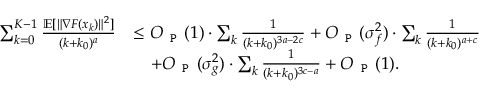
\begin{array} { r l } { \sum _ { k = 0 } ^ { K - 1 } \frac { \mathbb { E } [ \| \nabla F ( x _ { k } ) \| ^ { 2 } ] } { ( k + k _ { 0 } ) ^ { a } } } & { \le O _ { \texttt { P } } ( 1 ) \cdot \sum _ { k } \frac { 1 } { ( k + k _ { 0 } ) ^ { 3 a - 2 c } } + O _ { \texttt { P } } ( \sigma _ { f } ^ { 2 } ) \cdot \sum _ { k } \frac { 1 } { ( k + k _ { 0 } ) ^ { a + c } } } \\ & { \quad + O _ { \texttt { P } } ( \sigma _ { g } ^ { 2 } ) \cdot \sum _ { k } \frac { 1 } { ( k + k _ { 0 } ) ^ { 3 c - a } } + O _ { \texttt { P } } ( 1 ) . } \end{array}